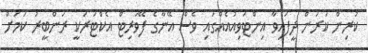
ކުރިން ކަރަން ދީފައިވާ އިންޓަވިއުއެއްގައި ވެސް އޭނާގެ ފޭވަރިޓް އެކްޓަރަކީ ރަންބީރު ކަމަށް